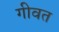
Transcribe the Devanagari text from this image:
गीवत